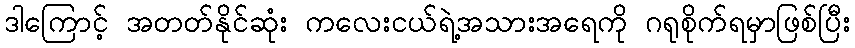
ဒါကြောင့် အတတ်နိုင်ဆုံး ကလေးငယ်ရဲ့အသားအရေကို ဂရုစိုက်ရမှာဖြစ်ပြီး